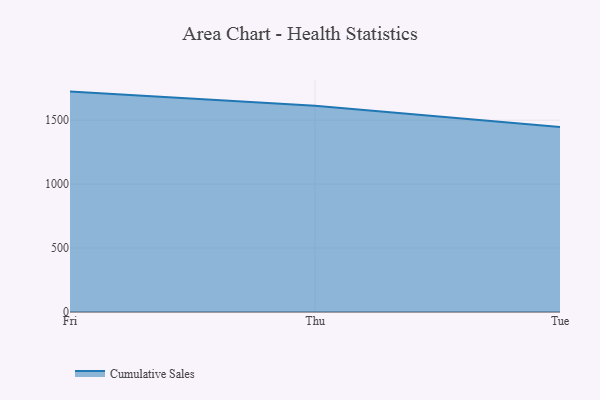
{"axis": {"x": "Day", "y": "Population (Million)"}, "legend": ["Cumulative Sales"], "data": [{"x": "Fri", "y": 1723.3, "type": "Cumulative Sales"}, {"x": "Thu", "y": 1612.1, "type": "Cumulative Sales"}, {"x": "Tue", "y": 1447.3, "type": "Cumulative Sales"}]}